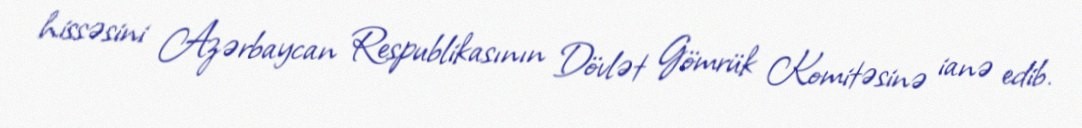
hissəsini Azərbaycan Respublikasının Dövlət Gömrük Komitəsinə ianə edib.